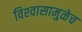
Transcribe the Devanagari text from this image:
विश्‍वासामुळेच